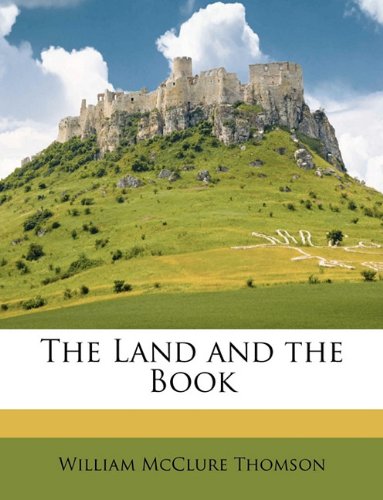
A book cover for The Land and the Book; William McClure Thomson; Travel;